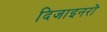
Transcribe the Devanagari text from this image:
दिजाइनरों